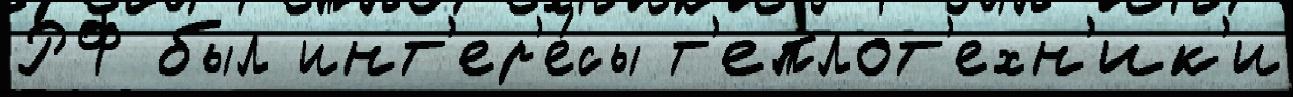
РФ был инт'ер'е́сы т'еплот'ехн'ик'и